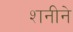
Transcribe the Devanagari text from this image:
शनीने